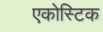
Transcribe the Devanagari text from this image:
एकोस्टिक